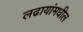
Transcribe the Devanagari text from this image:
लढायांमधील